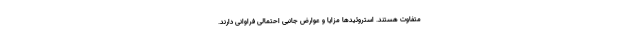
متفاوت هستند. استروئید‌ها مزایا و عوارض جانبی احتمالی فراوانی دارند.